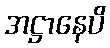
အဋ္ဌာနေပိ